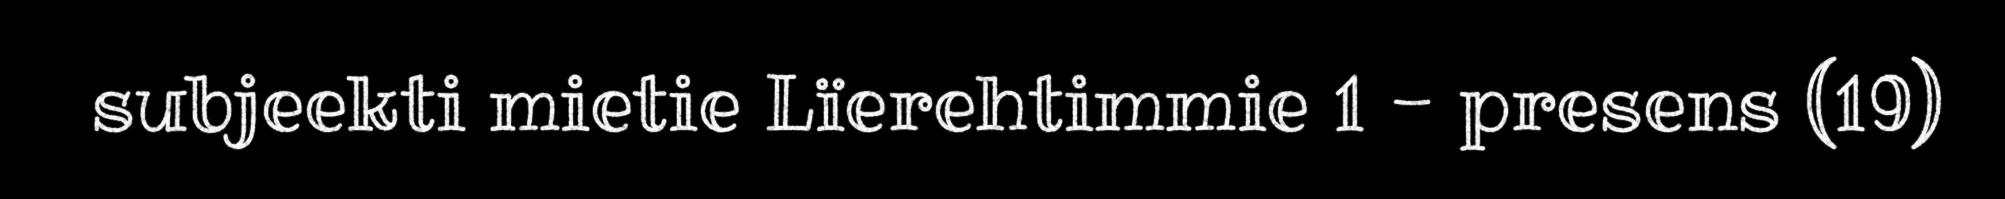
subjeekti mietie Lïerehtimmie 1 - presens (19)